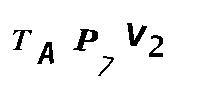
TAP7V2